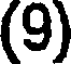
(9)